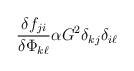
LaTeX: \begin{align*}\frac{\delta f_{ji}}{\delta \Phi_{k \ell}} \alpha G^2 \delta_{kj} \delta_{i\ell}\end{align*}